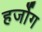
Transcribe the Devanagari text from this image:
हर्जोग